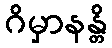
ဂိမှာနန္တိ